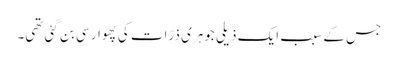
جس کے سبب ایک ذیلی جوہری ذرّات کی پھوار سی بن گئی تھی۔